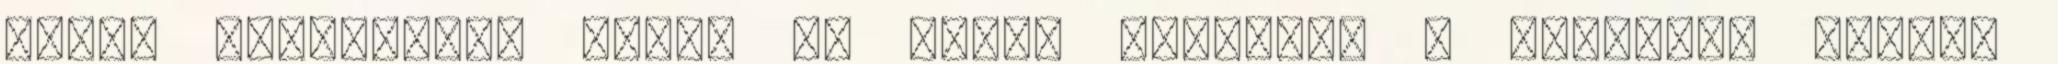
lehet segítséget kérni és adni, fejlődik a dolgozók társas